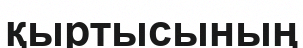
қыртысының